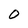
Character: O